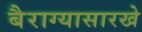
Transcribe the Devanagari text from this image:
बैराग्यासारखे